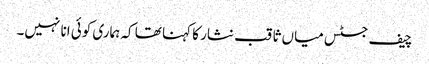
چیف جسٹس میاں ثاقب نثار کا کہنا تھا کہ ہماری کوئی انا نہیں۔